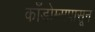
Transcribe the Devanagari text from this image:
काँडोम्सपासून